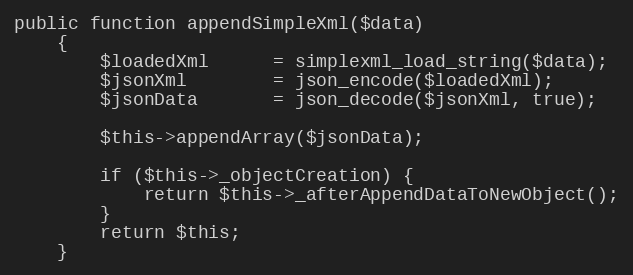
Language: PHP
public function appendSimpleXml($data)
    {
        $loadedXml      = simplexml_load_string($data);
        $jsonXml        = json_encode($loadedXml);
        $jsonData       = json_decode($jsonXml, true);

        $this->appendArray($jsonData);

        if ($this->_objectCreation) {
            return $this->_afterAppendDataToNewObject();
        }
        return $this;
    }